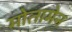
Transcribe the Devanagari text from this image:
मोतामेन